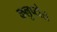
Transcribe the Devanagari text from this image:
कलुप्टोस